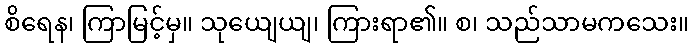
စိရေန၊ ကြာမြင့်မှ။ သုယျေယျ၊ ကြားရာ၏။ စ၊ သည်သာမကသေး။